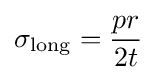
\sigma _{\rm {long}}={\frac {pr}{2t}}